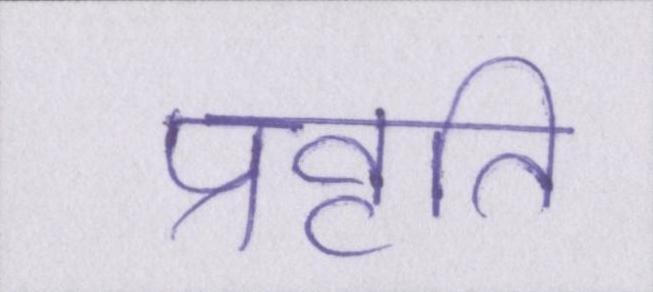
प्रवृति